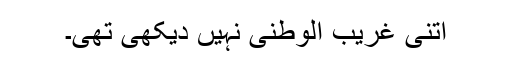
اتنی غریب الوطنی نہیں دیکھی تھی۔